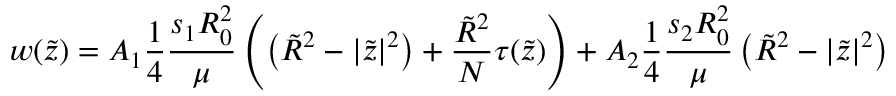
w ( \tilde { z } ) = A _ { 1 } \frac { 1 } { 4 } \frac { s _ { 1 } R _ { 0 } ^ { 2 } } { \mu } \left( \left( \tilde { R } ^ { 2 } - | \tilde { z } | ^ { 2 } \right) + \frac { \tilde { R } ^ { 2 } } { N } \tau ( \tilde { z } ) \right) + A _ { 2 } \frac { 1 } { 4 } \frac { s _ { 2 } R _ { 0 } ^ { 2 } } { \mu } \left( \tilde { R } ^ { 2 } - | \tilde { z } | ^ { 2 } \right)